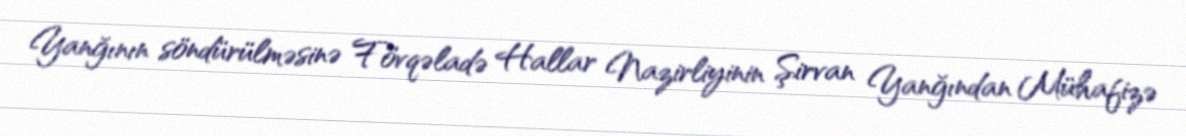
Yanğının söndürülməsinə Fövqəladə Hallar Nazirliyinin Şirvan Yanğından Mühafizə